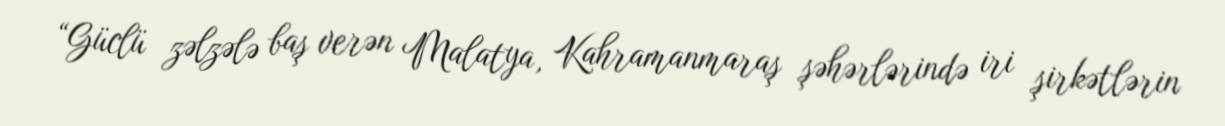
“Güclü zəlzələ baş verən Malatya, Kahramanmaraş şəhərlərində iri şirkətlərin